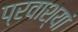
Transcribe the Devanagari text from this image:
प्रवाश्यां